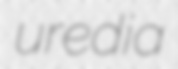
uredia